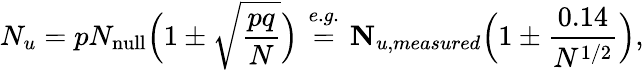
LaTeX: N_{u}=pN_{\mathrm{null}}\Big(1\pm\sqrt{\frac{pq}{N}}\Big)\overset{e.g.}{\ =\ }{\mathbf N_{u,measured}}\Big(1\pm\frac{0.14}{N^{1/2}}\Big),